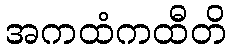
အကထံကထီတိ